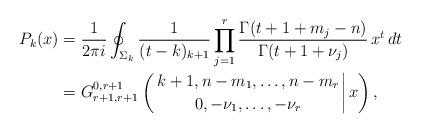
LaTeX: \begin{align*} P_k(x) & = \frac{1}{2\pi i} \oint_{\Sigma_k} \frac{1}{(t-k)_{k+1}} \prod_{j=1}^r \frac{\Gamma(t+1+ m_j-n)}{\Gamma(t+1+\nu_j)} \, x^t \, dt \\&=G_{r+1,r+1}^{0,r+1} \left( \left. {k+1,n-m_1,\ldots,n-m_r \atop 0,-\nu_1, \ldots,-\nu_r} \right|x\right) ,\end{align*}